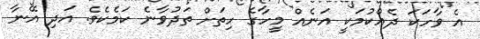
އެ ވާހަކަ ދެއްކުމަކީ އަނެއް މީހާގެ ހިތަށް ތަދުވާނެ ކަމެކެވެ. އަދި އޭނާ